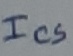
Text: ICS